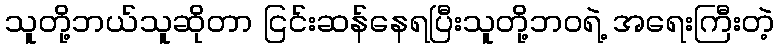
သူတို့ဘယ်သူဆိုတာ ငြင်းဆန်နေရပြီးသူတို့ဘဝရဲ့ အရေးကြီးတဲ့